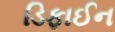
ડિફાઈન